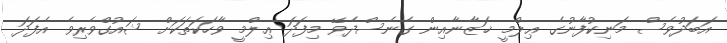
އަބަދުވެސް މަނިކުފާނުގެ ޢިލްމީ ޚަޒާނާއިން ގެނެސްދެވޭ މިފަދަ ޢިލްމީ ވާހަކަތަކަށް ޝައުގްވެރިވެ އެފަދަ